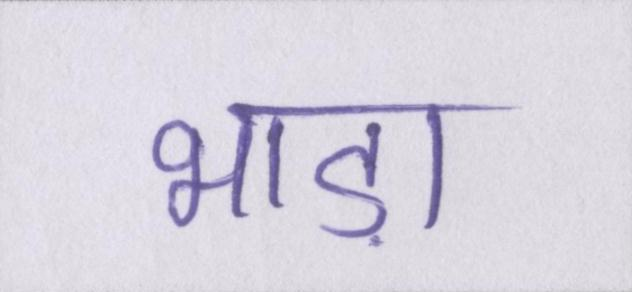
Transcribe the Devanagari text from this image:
भाड़ा